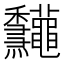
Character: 𥤠